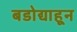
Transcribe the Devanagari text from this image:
बडोद्याहून